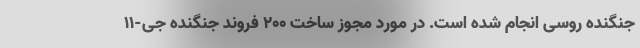
جنگنده روسی انجام شده است. در مورد مجوز ساخت 200 فروند جنگنده جی-11